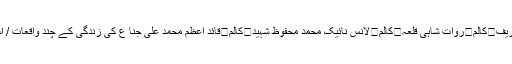
کالم	دربار عالیہ کلیام شریف	کالم	تاجدار گولڑہ شریف، اسلام آباد	کالم	درگاہ عالیہ بری امام شریف	کالم	روات شاہی قلعہ	کالم	لانس نائیک محمد محفوظ شہید	کالم	قائد اعظم محمد علی جنا ع کی زندگی کے چند واقعات / اسد محمود جنجوعہ	کالم	صاحبزادہ حق خطیب حسین کا دم شفاء بن گیا/ شہزاد رضا کالم	اے قائد !